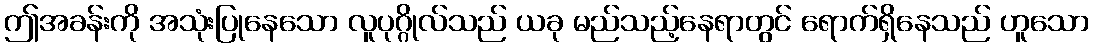
ဤအခန်းကို အသုံးပြုနေသော လူပုဂ္ဂိုလ်သည် ယခု မည်သည့်နေရာတွင် ရောက်ရှိနေသည် ဟူသော